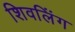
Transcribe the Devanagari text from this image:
शिवलिंंग